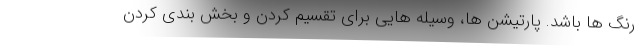
رنگ ها باشد. پارتیشن ها، وسیله هایی برای تقسیم کردن و بخش بندی کردن